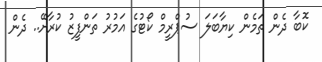
ކޮބާ ދެން ތަމެން ކިޔާބަލަ ސުޕްރީމް ކޯޓުގެ އަމުރު ތަންފީޒު ކުރާށޭ.. ދެން